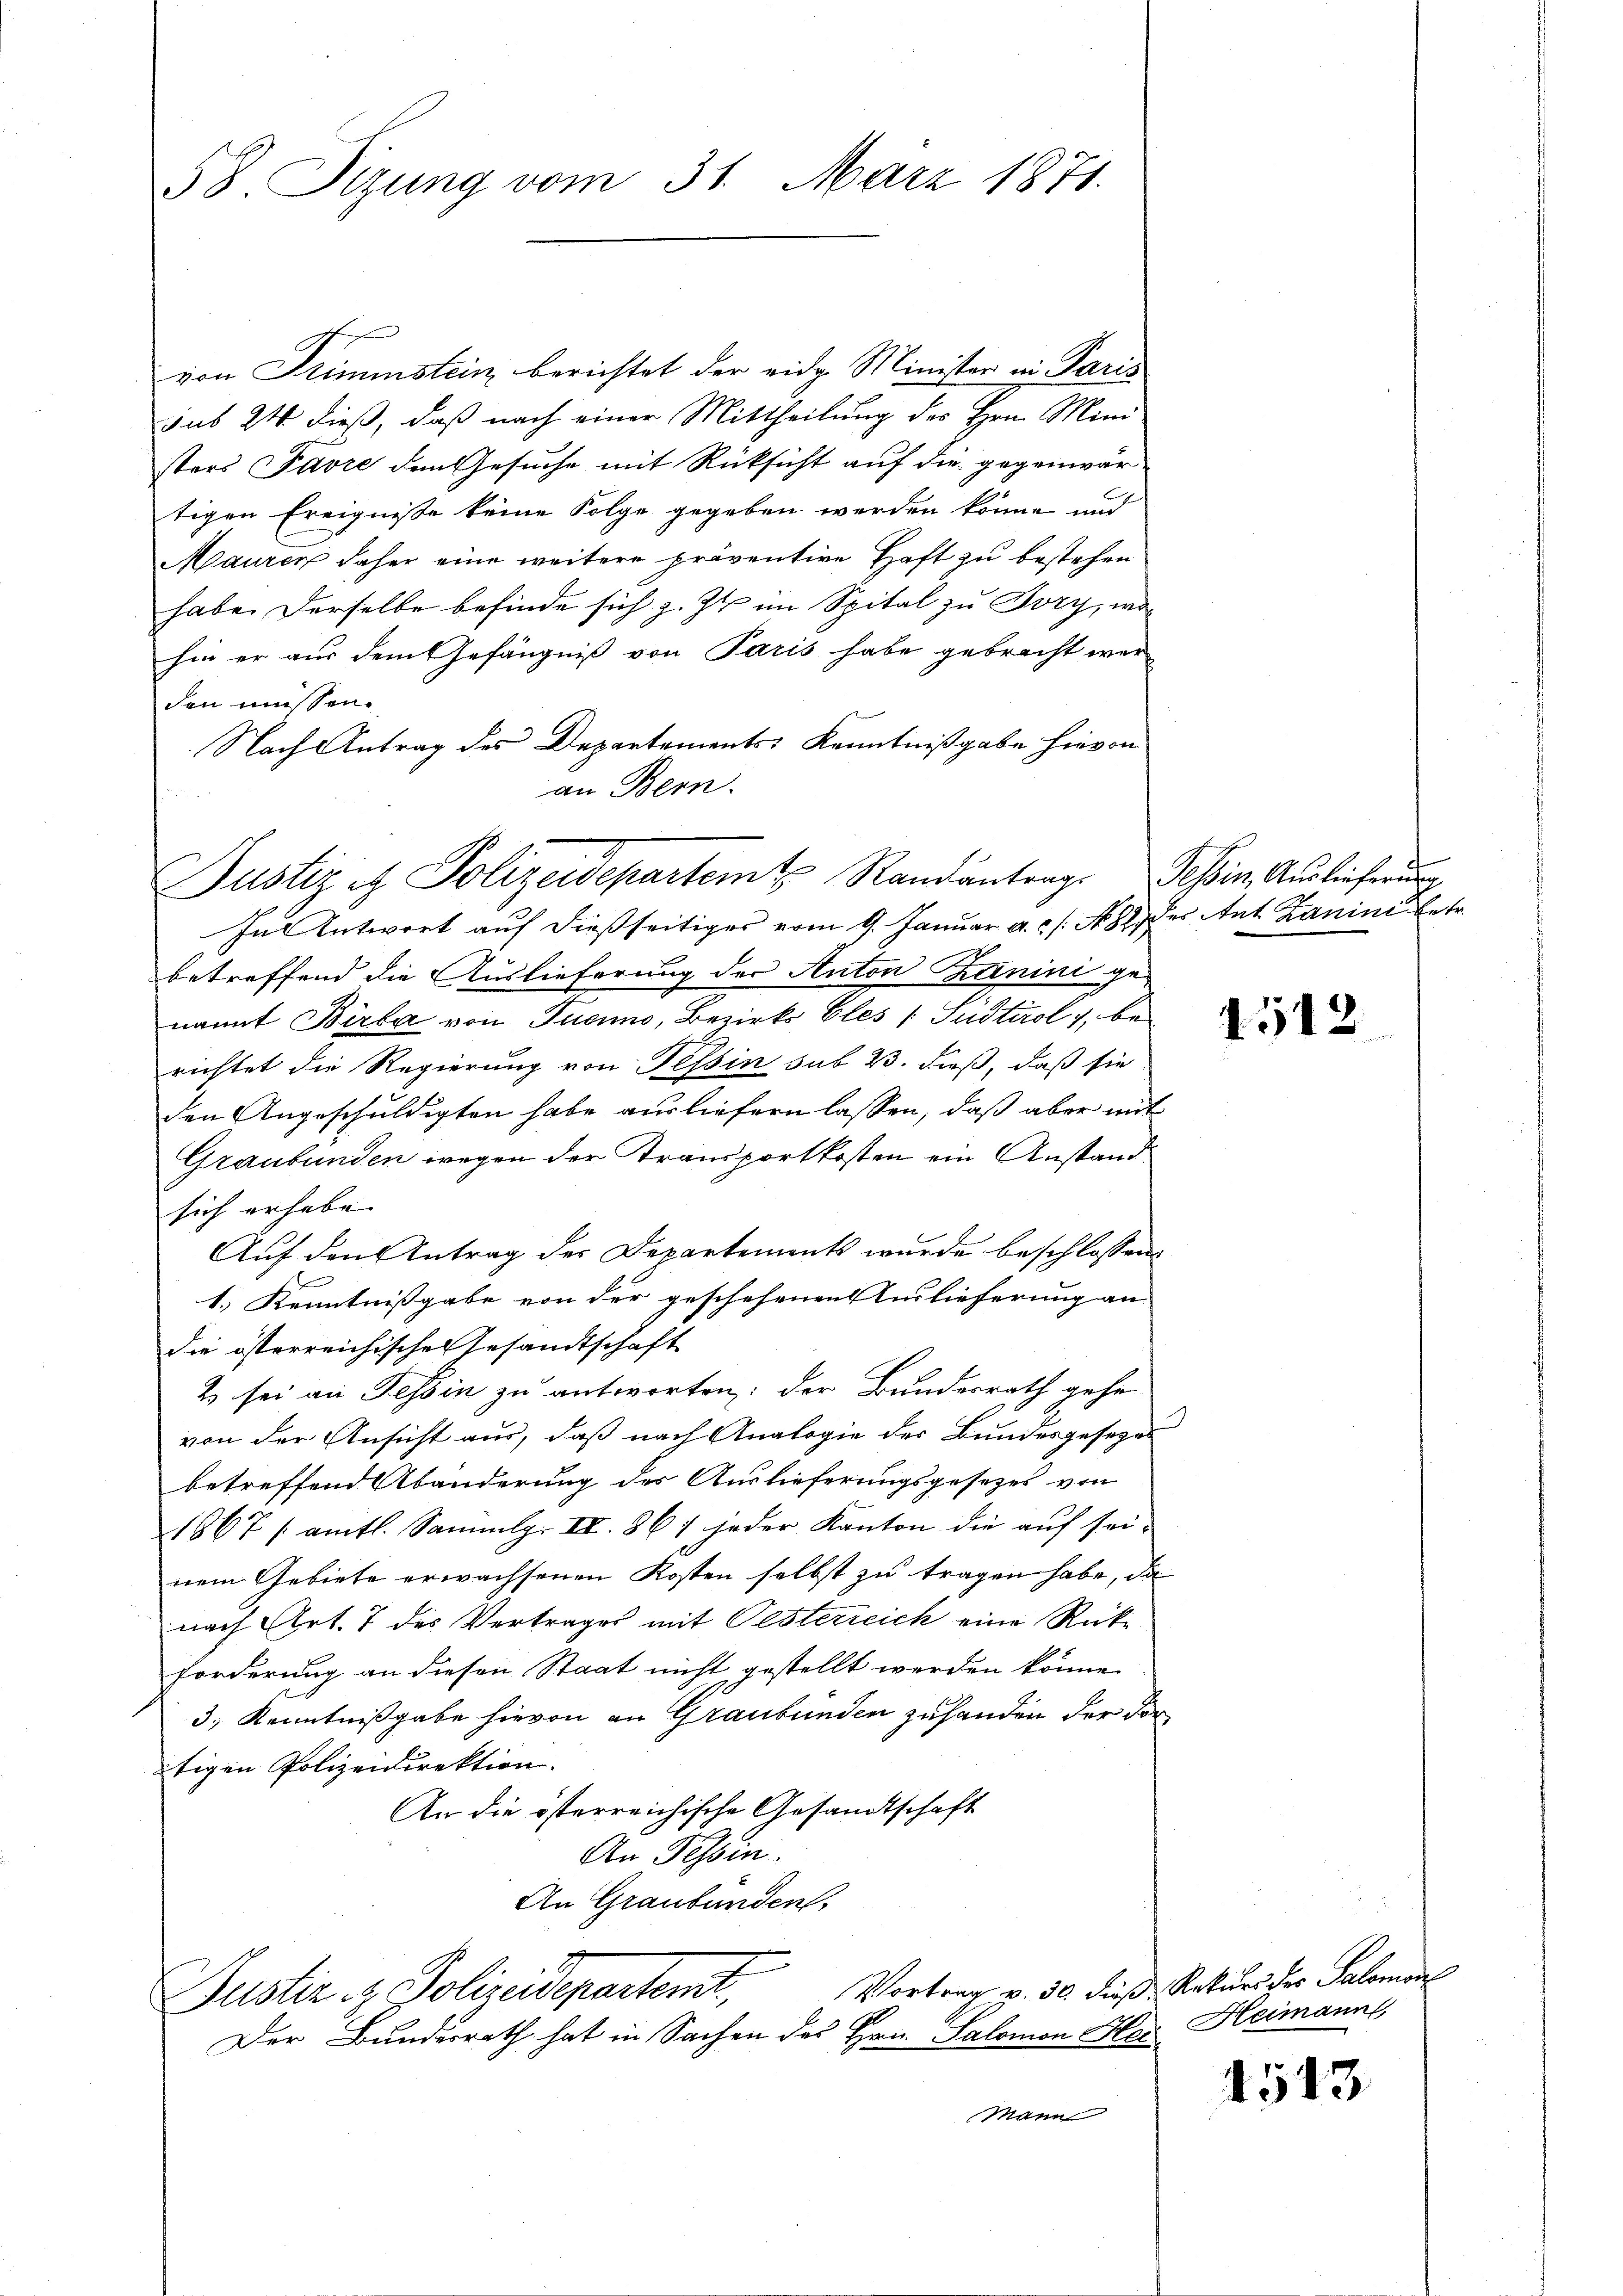
58. Sizung vom 31. März 1871.

Justiz et Polizeidepartemt Randantrags Tessin, Auslieferung

von Trimmstein berichtet der eidg. Minister in Paris
sub 24 dieß, daß nach einer Mittheilung des Hrn. Mini
sters Favre den Gesuche mit Rücksicht auf die gegenwär
tigen Ereignisse keine Folge gegeben werden könne und
Mauren daher eine weitere präventire Haft zu bestehen
habe. Derselbe befinde sich z. Zt. im Spital zu Bry, wa
hin er aus dem Gefängniß von Paris habe gebracht wer
den müssen.
Nach Antrag des Departements Kenntnißgabe hievon
an Bern.
In Antwort auf dießseitiges vom 9. Januar a. ..  No. 82 des Ant Zanini betr.
betreffend die Auslieferung der Anton Kanini ge-
nannt Birba von Tueno, Bezirks Eles & Südtirol, berichtet die Regierung von Tessin sub 23. dieß, daß sie
den Angeschuldigten habe ausliefern lassen, daß aber mit
Graubünden wegen der Transportkosten ein Anstand
sich erhabe |
Auf den Antrag der Departements wurde beschlossen:
1.) Kenntnißgabe von der geschehenen Auslieferung an
die österreichischen Gesandtschaft
2 sei an Tessin zu antworten: der Bundesrath gehe
von der Ansicht aus, daß nach Analogie der Bundesgesezes
betreffend Abänderung der Auslieferungsgesezes von
1867 / amtl. Sammlg. II. 867 jeder Kanton die auf sei-
nem Gebiete erwachsenen Kosten selbst zu tragen habe, da
nach Art. 7 des Vertrages mit Pesterreich eine Rück-
Forderung an diesen Staat nicht gestellt werden könne.
3., Kenntnißgabe hievon an Graubünden zuhanden der dortigen Polizeidirektion.
An die österreichische Gesandtschaft
An Tessin.
An Graubünden,

Guster & Polizeidepartemt,
Der Bundesrath hat in Sachen des Hrn. Salomon Her

Mann

4512

Vortrag v. 30. dieß Rekurs des Salomon
Heimann,

1543